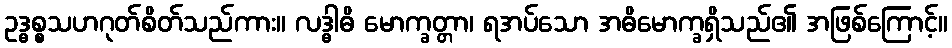
ဥဒ္ဓစ္စသဟဂုတ်စိတ်သည်ကား။ လဒ္ဓါဓိ မောက္ခတ္တာ၊ ရအပ်သော အဓိမောက္ခရှိသည်၏ အဖြစ်ကြောင့်။